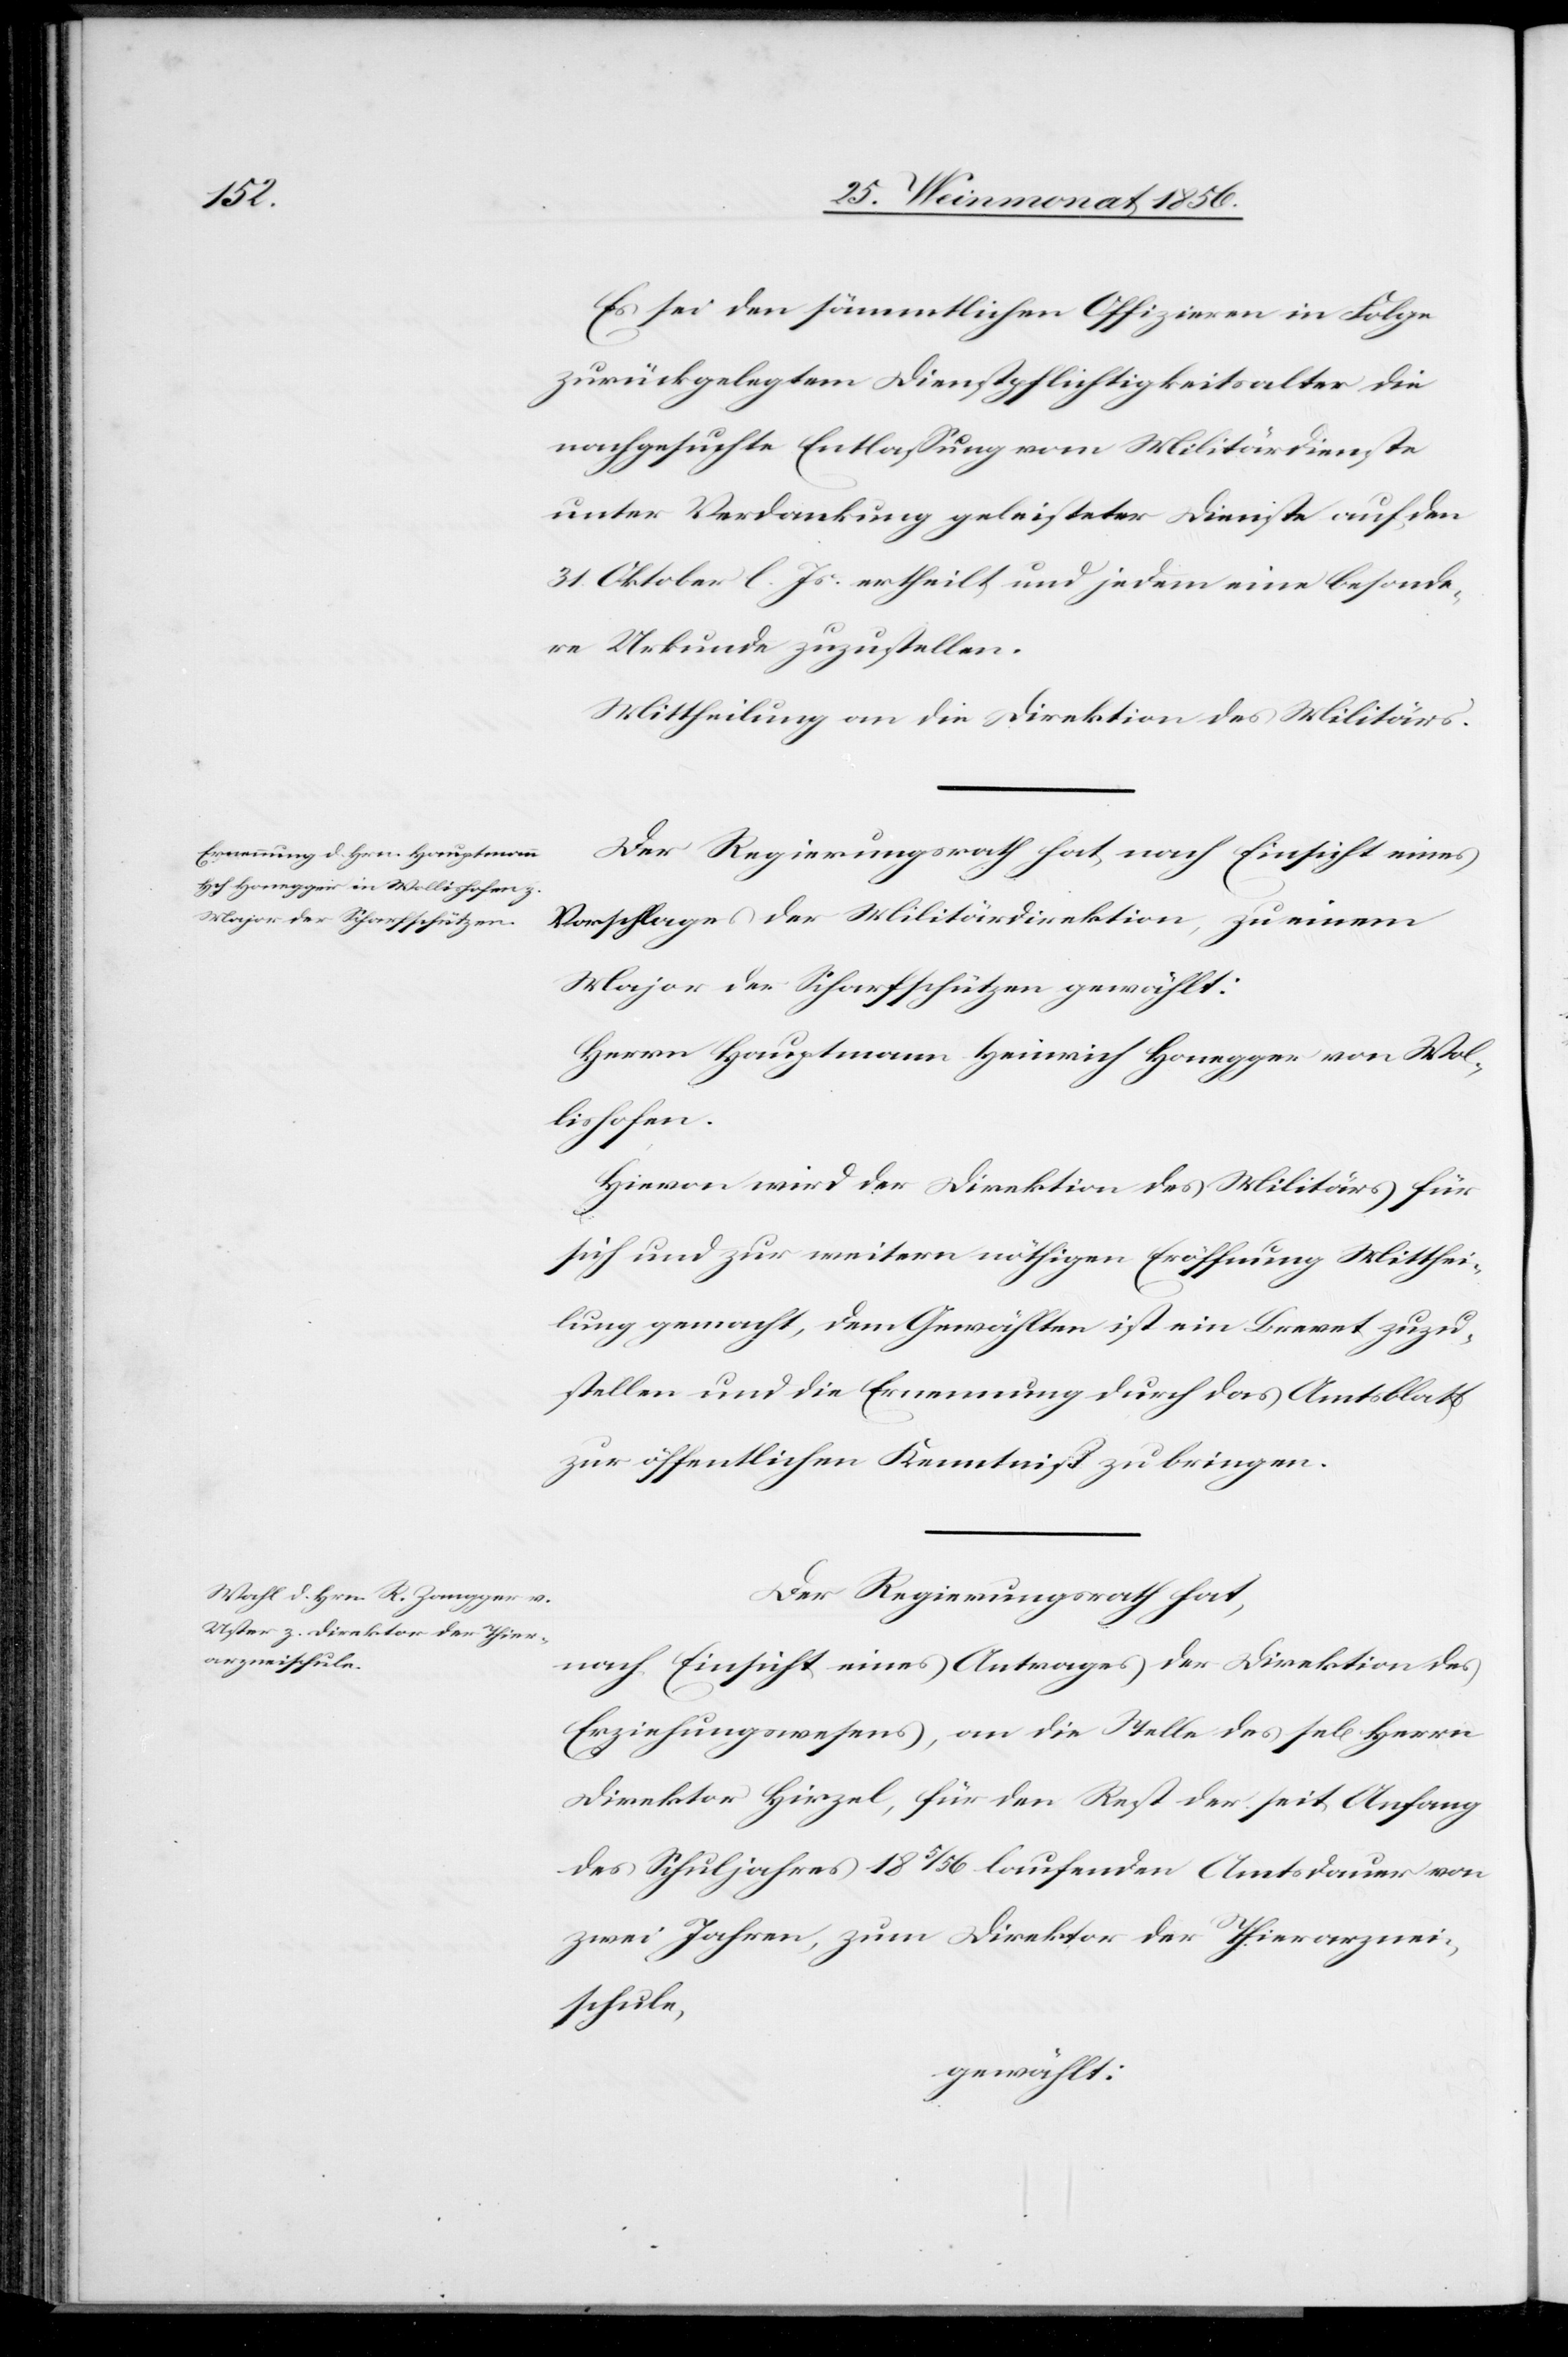
Es sei den sämmtlichen Offizieren in Folge
zurückgelegtem Dienstpflichtigkeitsalter die
nachgesuchte Entlassung vom Militärdienste
unter Verdankung geleisteter Dienste auf den
31. Oktober l. Js. ertheilt und jedem eine besonde¬
re Urkunde zuzustellen.
Mittheilung an die Direktion des Militärs.
Der Regierungsrath hat, nach Einsicht eines
Vorschlages der Militärdirektion, zu einem
Major der Scharfschützen gewählt:
Herrn Hauptmann Heinrich Honegger von Wol¬
lishofen.
Hievon wird der Direktion des Militärs für
sich und zu weitern nöthigen Eröffnungen Mitthei¬
lung gemacht, dem Gewählten ist ein Brevet zuzu¬
stellen und die Ernennung durch das Amtsblatt
zur öffentlichen Kenntniß zu bringen.
Der Regierungsrath hat,
nach Einsicht eines Antrages der Direktion des
Erziehungswesens, an die Stelle des sel[igen] Herrn
Direktor Hirzel, für den Rest der seit Anfang
des Schuljahres 185/56 [sic!] laufenden Amtsdauer von
zwei Jahren, zum Direktor der Thierarznei¬
schule,
gewählt: